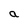
Character: a